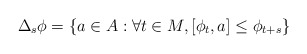
\begin{align*}\Delta_s\phi & = \{ a\in A : \forall t\in M, [\phi_t,a]\leq \phi_{t+s}\}\end{align*}